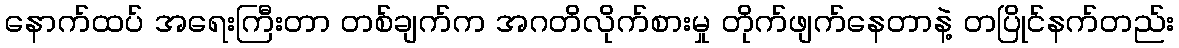
နောက်ထပ် အရေးကြီးတာ တစ်ချက်က အဂတိလိုက်စားမှု တိုက်ဖျက်နေတာနဲ့ တပြိုင်နက်တည်း